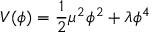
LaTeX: V ( \phi ) = { \frac { 1 } { 2 } } \mu ^ { 2 } \phi ^ { 2 } + \lambda \phi ^ { 4 }